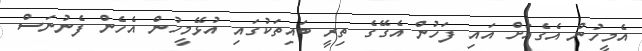
އެމީހުން އެގެއަށް އައި ފަހުން އެގޭގެ ތިރީ ބައިތަކުގައި އުޅޭމީހުން އެހެން ފެނުނަސް